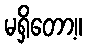
မရှိတော့။